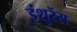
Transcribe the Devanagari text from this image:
इंशुरेंस